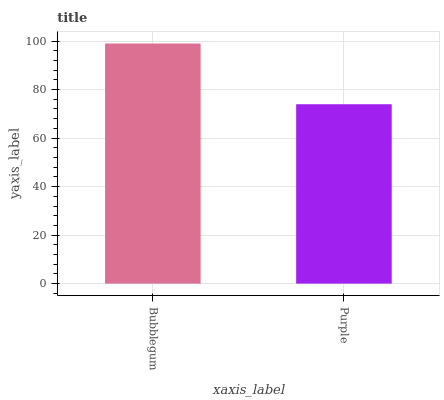
| xaxis_label | bars |
 | --- | --- |
 | Bubblegum | 99 |
 | Purple | 74 |